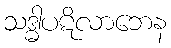
သဒ္ဓါပဋိလာဘေန